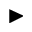
\blacktriangleright